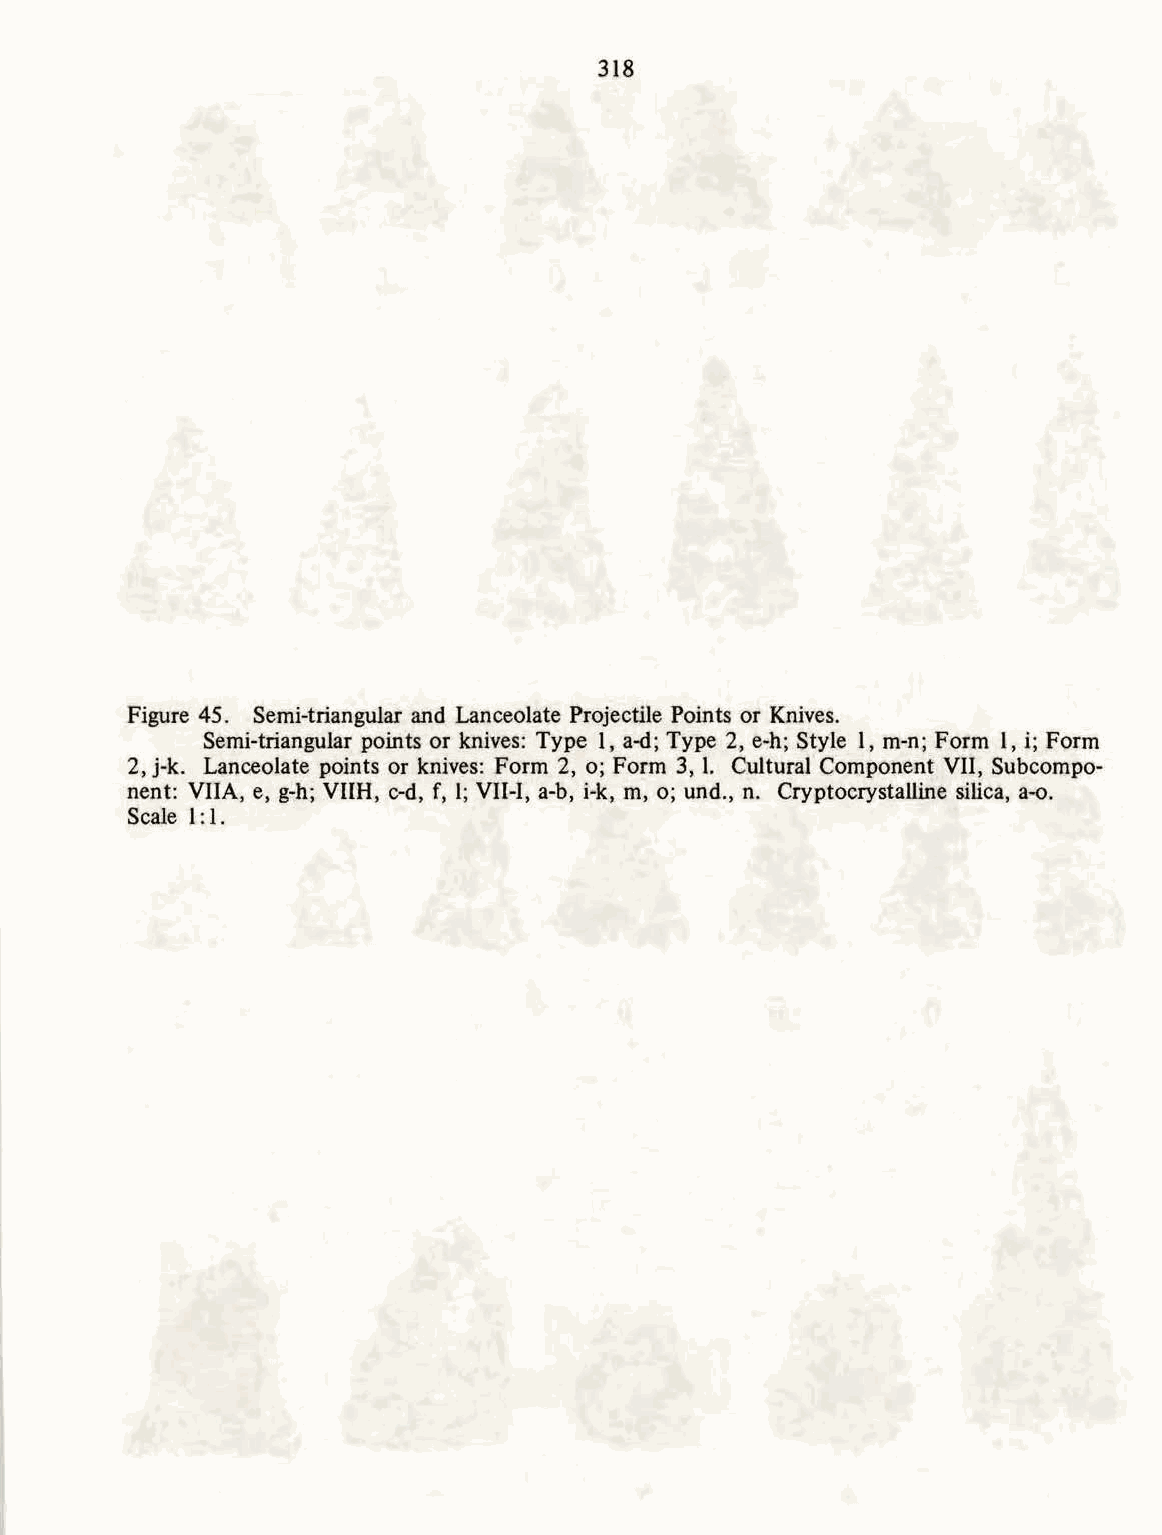
318
 Figure 45. Semi-triangular and Lanceolate Projectile Points or Knives.
 Semi-triangular points or knives: Type I, a-d; Type 2, e-h; Style I, m-n; Form 1, i; Form
 2, j-k. Lanceolate points or knives: Form 2, o; Form 3, 1. Cultural Component VII, Subcompo-
 nent: VIlA, e, g-h; VIIH, c-d, f, 1; VII-I, a-b, i-k, m, o; und., n. Cryptocrystalline silica, a-o.
 Scale 1:1.